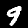
Digit: 9